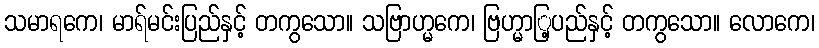
သမာရကေ၊ မာရ်မင်းပြည်နှင့် တကွသော။ သဗြာဟ္မကေ၊ ဗြဟ္မာြ့ပည်နှင့် တကွသော။ လောကေ၊